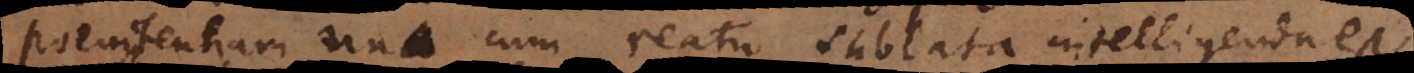
poenitentiam una cum reatu sublata intelligenda est,